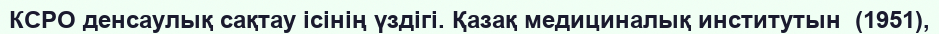
КСРО денсаулық сақтау ісінің үздігі. Қазақ медициналық институтын  (1951),